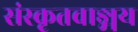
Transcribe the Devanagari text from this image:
संस्कृतवाङ्मय